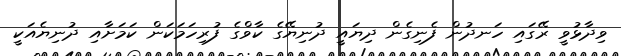
ވިދާޅުވީ ރޭގައި ހަނދުން ފެނިގެން ދިޔައީ ދުނިޔޭގެ ކާވްގެ ފުރިހަމަކަން ކަމަށާއި ދުނިޔެއަކީ